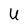
Character: U